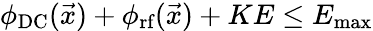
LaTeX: \phi_{\textrm{DC}}(\vec{x})+\phi_{\textrm{rf}}(\vec{x})+KE\leq E_{\textrm{max}}